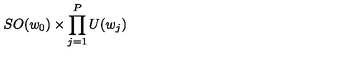
S O ( w _ { 0 } ) \times \prod _ { j = 1 } ^ { P } U ( w _ { j } )